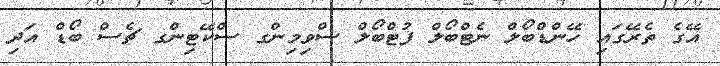
އޭގެ ތެރޭގައި ހޭންޑްބޯލް ނެޓްބޯލް ފުޓްބޯލް ސްވިމިންގ ސްކޭޓިންގ ޗެސް ބޯޑް އަދި